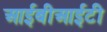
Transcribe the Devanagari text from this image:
आईबीआईटी